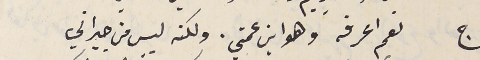
ج نعم اعرفه وهو ابن عمتي. ولكنه ليس من جيراني